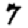
Digit: 7